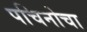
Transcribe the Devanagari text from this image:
पचिनोचा